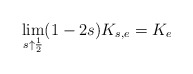
\begin{align*}\lim_{s\uparrow\frac{1}{2}}(1-2s)K_{s,e}=K_e\end{align*}